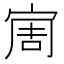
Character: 𱚊